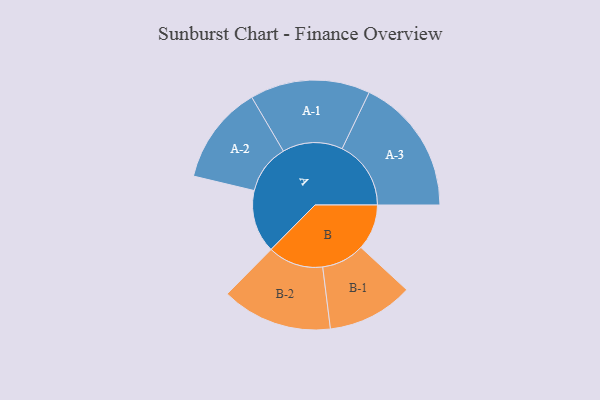
{"axis": {"x": "Segment", "y": "Value"}, "legend": ["", "A", "B"], "data": [{"x": "A", "y": 272, "type": ""}, {"x": "B", "y": 198, "type": ""}, {"x": "A-1", "y": 260, "type": "A"}, {"x": "A-2", "y": 214, "type": "A"}, {"x": "A-3", "y": 298, "type": "A"}, {"x": "B-1", "y": 186, "type": "B"}, {"x": "B-2", "y": 240, "type": "B"}]}